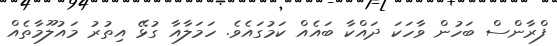
ފްރާންސް ބަހުން ވާހަކަ ދައްކާ ބައެއް ކަމުގައެވެ. ހަމަލާއާ ގުޅޭ އިތުރު މައުލޫމާތެއް